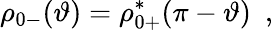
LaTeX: \rho_{0-}(\vartheta)=\rho_{0+}^{*}(\pi-\vartheta)\ \ ,